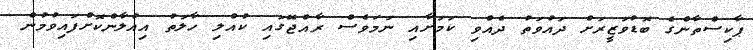
ޕާކިސްތާންގެ ބޮޑުވަޒީރަށް ދައުވަތު ދެއްވި ކަމަށާއި ނަމަވެސް ރާއްޖޭގައި ކުއްލި ހާލަތު އިއުލާންކޮށްފައިވުމުން